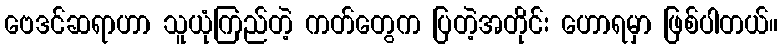
ဗေဒင်ဆရာဟာ သူယုံကြည်တဲ့ ကတ်တွေက ပြတဲ့အတိုင်း ဟောရမှာ ဖြစ်ပါတယ်။